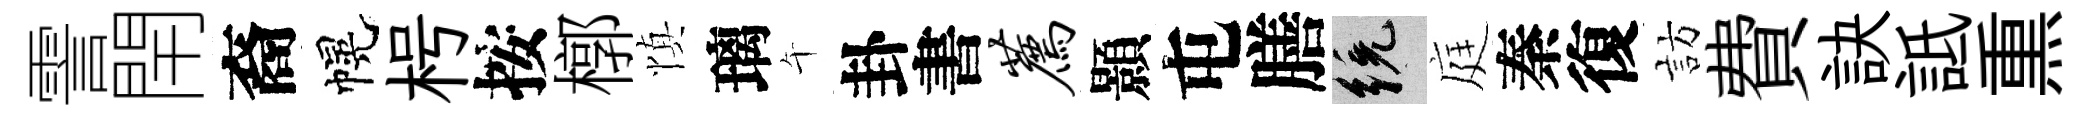
霅閈裔幌枵按槨慎璃午卦書荐顥屯膳統庭秦復訪費訣詆𤋱